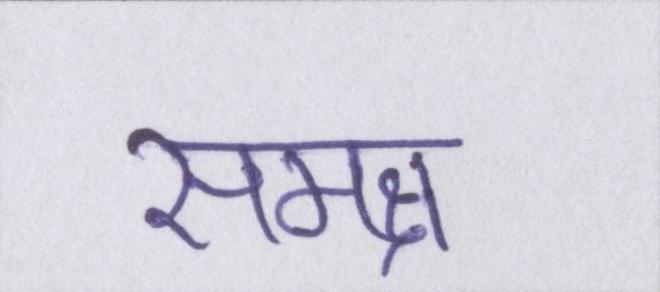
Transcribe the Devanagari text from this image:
समक्ष